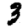
Digit: 3